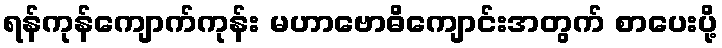
ရန်ကုန်ကျောက်ကုန်း မဟာဗောဓိကျောင်းအတွက် စာပေးပို့